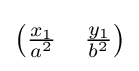
{\begin{pmatrix}{\frac {x_{1}}{a^{2}}}&{\frac {y_{1}}{b^{2}}}\end{pmatrix}}